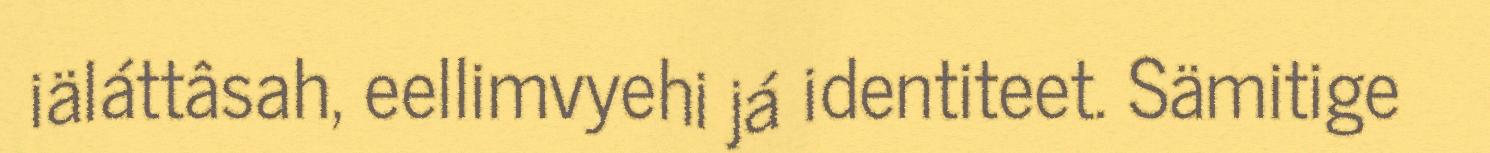
iäláttâsah, eellimvyehi já identiteet. Sämitige